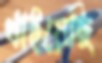
খাইয়েছি